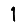
Digit: 1